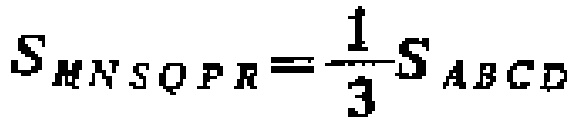
$S_{MNSQPR}=\frac{1}{3}S_{ABCD}$